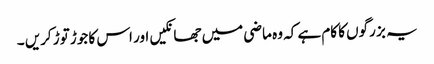
یہ بز رگوں کا کام ہے کہ وہ ماضی میں جھانکیں اور اس کا جوڑ توڑ کریں ۔